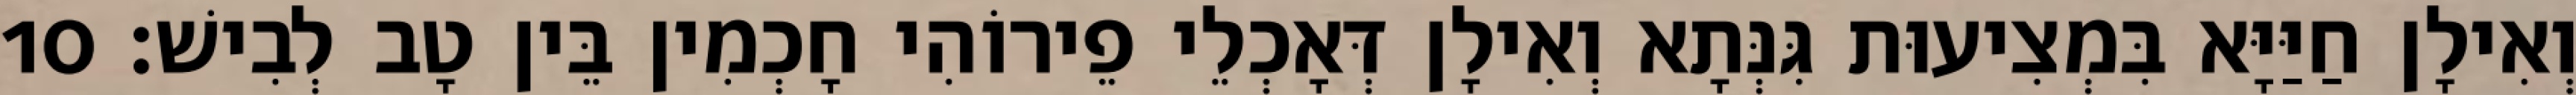
וְאִילָן חַיַּיָּא בִּמְצִיעוּת גִּנְּתָא וְאִילָן דְּאָכְלֵי פֵירוֹהִי חָכְמִין בֵּין טָב לְבִישׁ׃ 10